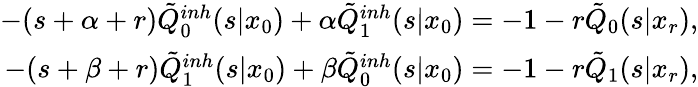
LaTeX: \begin{array}{r}{-(s+\alpha+r)\tilde{Q}_{0}^{inh}(s|x_{0})+\alpha\tilde{Q}_{1}^{inh}(s|x_{0})=-1-r\tilde{Q}_{0}(s|x_{r}),}\\ {-(s+\beta+r)\tilde{Q}_{1}^{inh}(s|x_{0})+\beta\tilde{Q}_{0}^{inh}(s|x_{0})=-1-r\tilde{Q}_{1}(s|x_{r}),}\end{array}